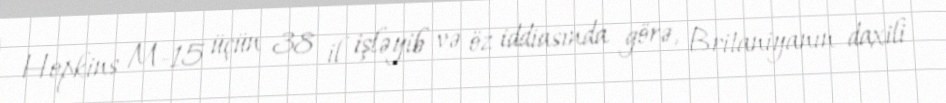
Hopkins M-15 üçün 38 il işləyib və öz iddiasında görə, Britaniyanın daxili